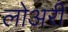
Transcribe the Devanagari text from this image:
लोअरी